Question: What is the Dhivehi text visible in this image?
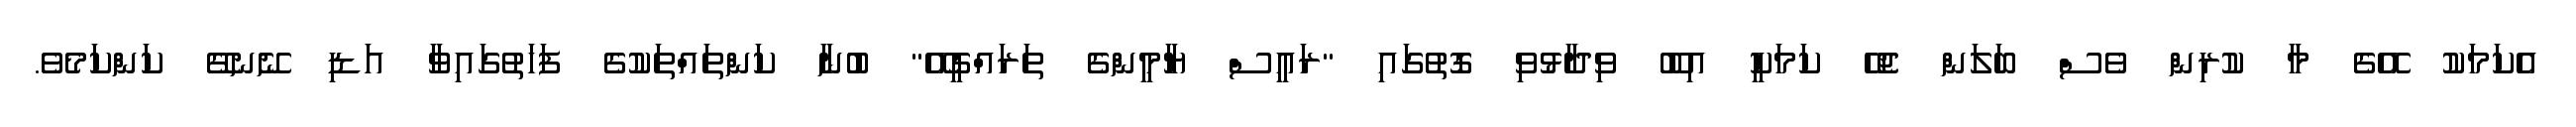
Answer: އެކަމަކު އޭގެ މާ ކުރިން ވެސް ބަލަން ޖެހޭ ކަމަކީ އިބޫ ވިދާޅުވި ގޮތުގައި "ރައީސް ޔާމީންގެ ތަރައްގީއޭ" ބުނާ ކަންތައްތަކުގެ ފަހަތުގައިވާ އަޑި ނޭނގޭ ކަންކަމެވެ.